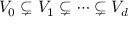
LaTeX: V _ { 0 } \subsetneq V _ { 1 } \subsetneq \cdots \subsetneq V _ { d }